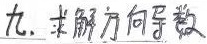
九. 求解方向导数